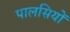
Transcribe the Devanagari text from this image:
पालसियों